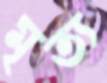
মৃত্য